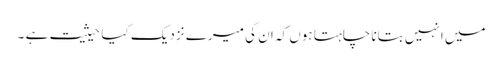
میں انہیں بتانا چاہتا ہوں کہ ان کی میرے نزدیک کیا حیثیت ہے ۔